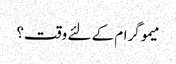
میموگرام کے لئے وقت؟